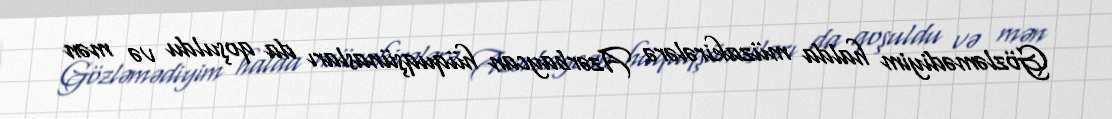
Gözləmədiyim halda müzakirələrə Azərbaycan hüquqşünasları da qoşuldu və mən